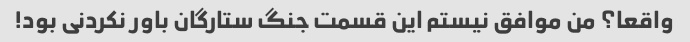
واقعا؟ من موافق نیستم این قسمت جنگ ستارگان باور نکردنی بود!